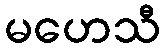
မဟေသီ